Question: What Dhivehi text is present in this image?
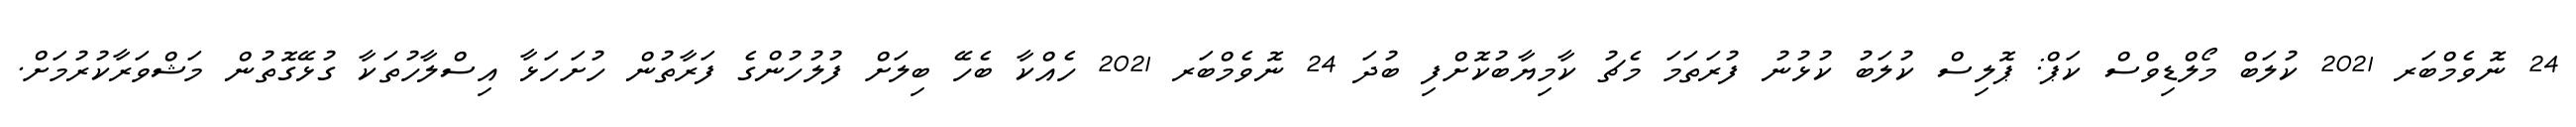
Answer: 24 ނޮވެމްބަރ 2021 ކުލަބް މޯލްޑިވްސް ކަޕް: ޕޮލިސް ކުލަބު ކުޅުނު ފުރަތަމަ މެޗު ކާމިޔާބުކޮށްފި ބުދަ 24 ނޮވެމްބަރ 2021 ހެއްކާ ބެހޭ ބިލަށް ފުލުހުންގެ ފަރާތުން ހުށަހަޅާ އިސްލާހުތަކާ ގުޅޭގޮތުން މަޝްވަރާކުރުމަށް.